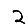
Digit: 2